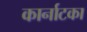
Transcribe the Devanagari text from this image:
कार्नाटका